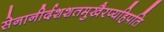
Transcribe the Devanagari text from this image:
सेनानीर्दशशतमुखैरप्यहिपति